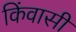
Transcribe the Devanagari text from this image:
किंवासी